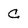
Character: C